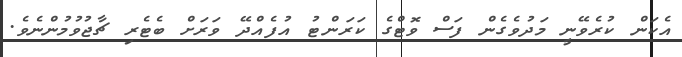
އެކަން ކުރެވޭނީ މަދުވެގެން ފަސް ވޮޓްގެ ކަރަންޓު އުފެއްދޭ ވަރަށް ބެޓެރި ޗާޖުވުމުންނެވެ.